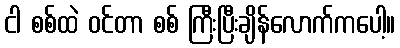
ငါ စစ်ထဲ ဝင်တာ စစ် ကြီးပြီးချိန်လောက်ကပေါ့။